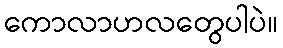
ကောလာဟလတွေပါပဲ။